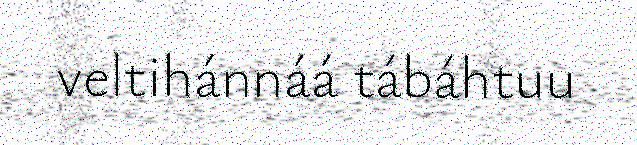
veltihánnáá tábáhtuu